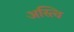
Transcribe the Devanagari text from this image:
अस्त्वि